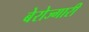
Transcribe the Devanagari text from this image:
बेरोज्गारी